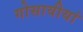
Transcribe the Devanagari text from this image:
गोसावीयां